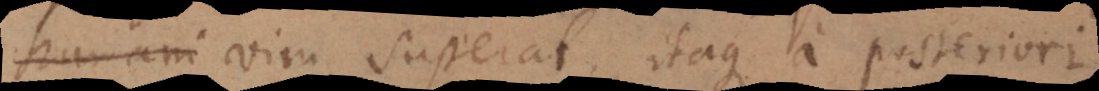
humani vim superat, itaque a posteriori